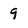
Character: 9